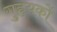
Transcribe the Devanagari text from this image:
गुहृयकों